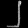
Digit: ၂